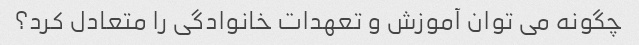
چگونه می توان آموزش و تعهدات خانوادگی را متعادل کرد؟